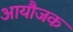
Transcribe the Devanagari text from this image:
आयौजक